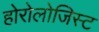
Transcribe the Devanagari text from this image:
होरोलोजिस्ट